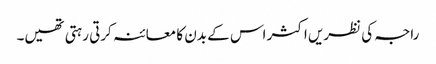
راجہ کی نظریں اکثر اس کے بدن کا معائنہ کرتی رہتی تھیں۔